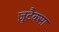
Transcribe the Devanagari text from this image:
ज़ूटैक्सा